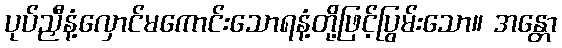
ပုပ်ညှီနံ့လှောင်မကောင်းသောရနံ့တို့ဖြင့်ပြွမ်းသော။ အန္တော